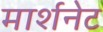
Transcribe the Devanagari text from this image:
मार्शनेट